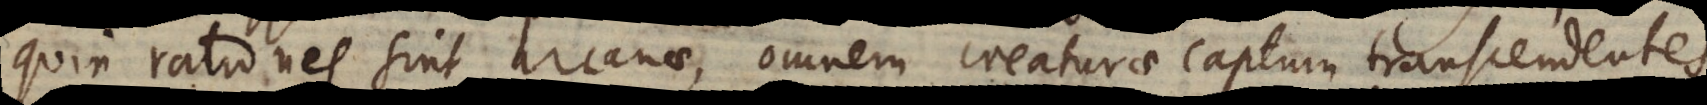
quin rationes sint arcanae, omnem creaturae captum transcendentes,